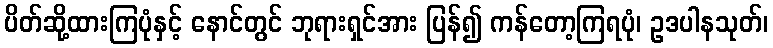
ပိတ်ဆို့ထားကြပုံနှင့် နောင်တွင် ဘုရားရှင်အား ပြန်၍ ကန်တော့ကြရပုံ၊ ဥဒပါနသုတ်၊